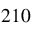
^ { 2 1 0 }